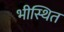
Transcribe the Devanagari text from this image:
भीस्थित